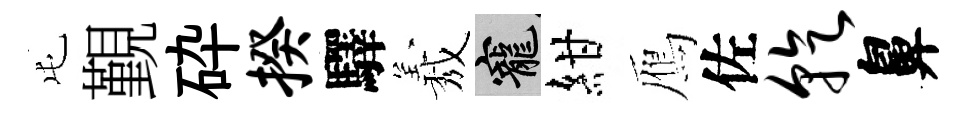
屯覲砕揆驛𦏁寵紺鴈佐乾鼻